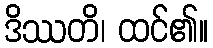
ဒိဿတိ၊ ထင်၏။